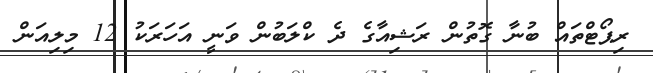
ރިޕޯޓްތައް ބުނާ ގޮތުން ރަޝިއާގެ ދެ ކްލަބުން ވަނީ އަހަރަކު 12 މިލިއަން